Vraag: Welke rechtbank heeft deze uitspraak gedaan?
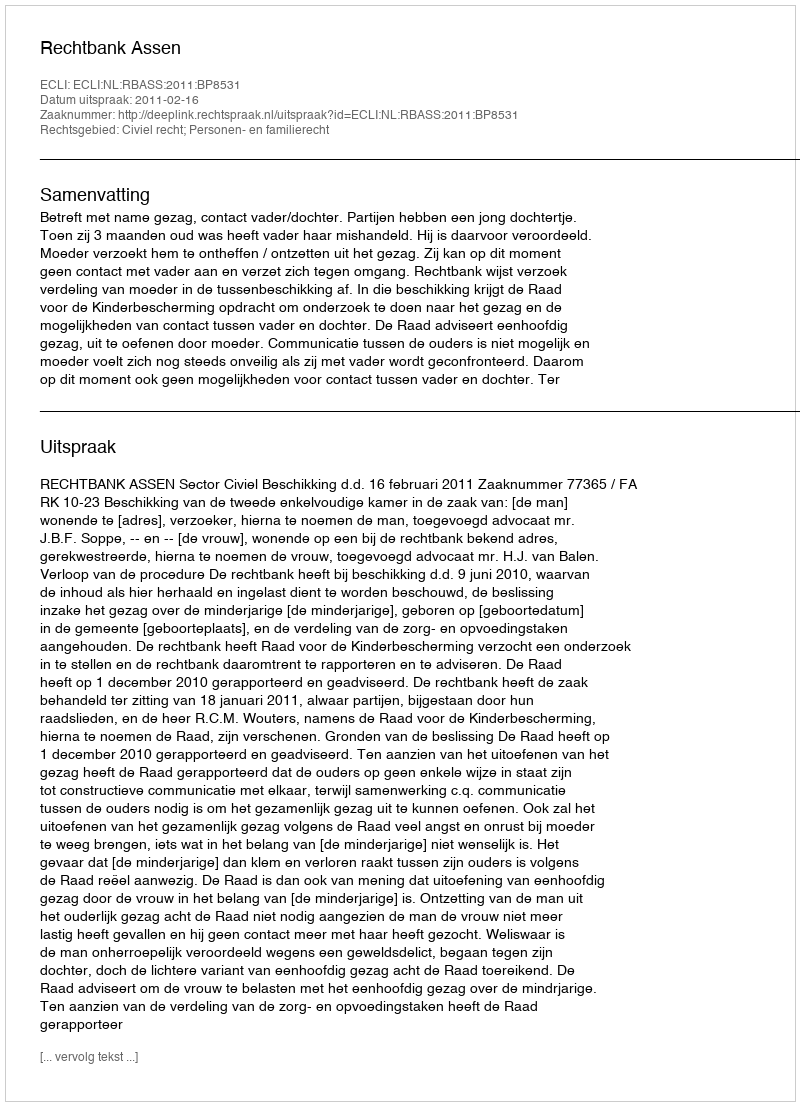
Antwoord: Rechtbank Assen